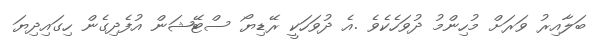
ބަލާއިރު ވަރަށް މުހިންމު ދުވަހެކެވެ .އެ ދުވަހަކީ ރޭޑިޔޯ ސްޓޭޝަން އުފެދިގެން ހިގައިދިޔަ